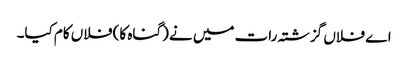
اے فلاں گزشتہ رات میں نے (گناہ کا) فلاں کام کیا۔